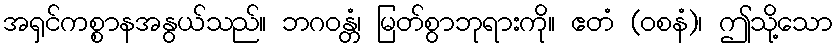
အရှင်ကစ္စာနအနွယ်သည်။ ဘဂဝန္တံ၊ မြတ်စွာဘုရားကို။ ဧတံ (ဝစနံ)၊ ဤသို့သော